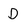
Character: D